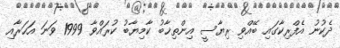
ދެކުނު އެފްރިކާގައި ބޭއްވި ރިޔާސީ އިންތިޚާބު ކާމިޔާބު ކުރައްވާ 1999 ވަނަ އަހަރާއި